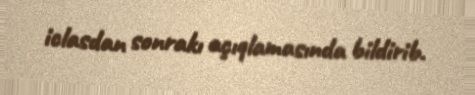
iclasdan sonrakı açıqlamasında bildirib.